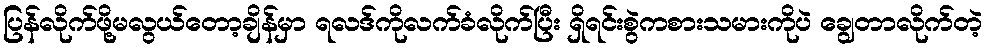
ပြန်လိုက်ဖို့မလွယ်တော့ချိန်မှာ ရလဒ်ကိုလက်ခံလိုက်ပြီး ရှိရင်းစွဲကစားသမားကိုပဲ ချွေတာလိုက်တဲ့